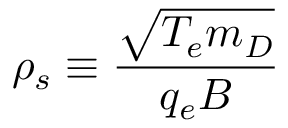
\rho _ { s } \equiv \frac { \sqrt { T _ { e } m _ { D } } } { q _ { e } B }